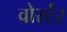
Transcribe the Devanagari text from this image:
वोर्स्टर